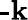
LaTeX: \textbf{-k}